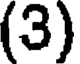
(3)